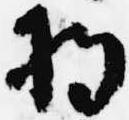
持